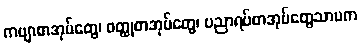
ကဗျာစာအုပ်တွေ၊ ဝတ္ထုစာအုပ်တွေ၊ ပညာရပ်စာအုပ်တွေသာမက